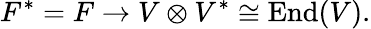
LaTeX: F^{*}=F\to V\otimes V^{*}\cong\operatorname{End}(V).